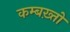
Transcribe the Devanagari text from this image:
कम्बख़्तों